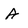
Character: A